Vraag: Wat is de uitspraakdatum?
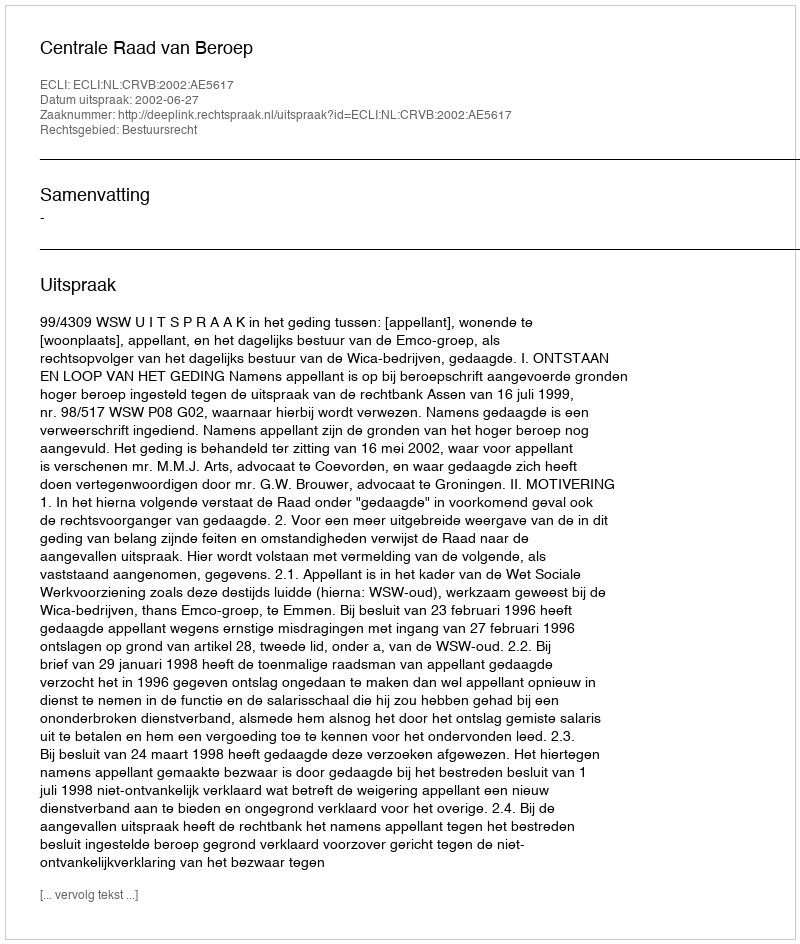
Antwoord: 2002-06-27